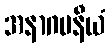
အနာဂမနီယံ